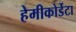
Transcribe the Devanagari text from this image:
हेमीकोर्डेटा